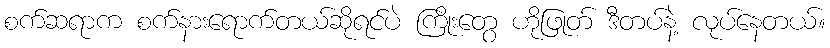
စက်ဆရာက စက်နားရောက်တယ်ဆိုရင်ပဲ ကြိုးတွေ ဟိုဖြုတ် ဒီတပ်နဲ့ လုပ်နေတယ်။